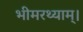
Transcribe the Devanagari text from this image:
भीमरथ्याम्।